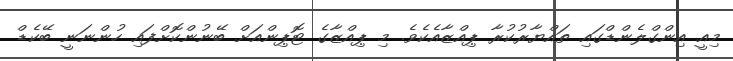
މިއީ އިންގްލެންޑްގައި ތައްޔާރުކުރާ ޕިއްޒާއެކެވެ. މި ޕިއްޒާގެ ޓޮޕިންއަށް ބޭނުންކޮށްފައި ހުންނަނީ ބޭކެޑް